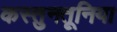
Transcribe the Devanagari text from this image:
कस्तुनतूनिया